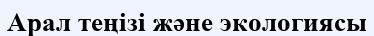
Арал теңізі және экологиясы